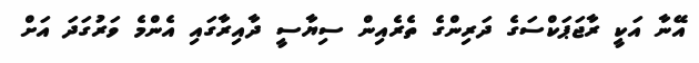
އޭނާ އަކީ ރާޖަޕަކްސަގެ ދަރިންގެ ތެރެއިން ސިޔާސީ ދާއިރާގައި އެންމެ ވަރުގަދަ އަށް